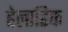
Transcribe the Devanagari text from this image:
हेलाडिक